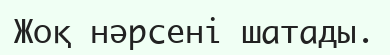
Жоқ нәрсені шатады.